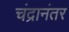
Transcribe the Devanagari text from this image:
चंद्रानंतर